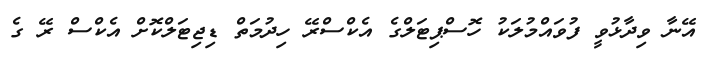
އޭނާ ވިދާޅުވީ ފުވައްމުލަކު ހޮސްޕިޓަލްގެ އެކްސްރޭ ހިދުމަތް ޑިޖިޓަލްކޮށް އެކްސް ރޭ ގެ